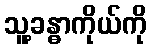
သူ့ခန္ဓာကိုယ်ကို